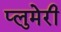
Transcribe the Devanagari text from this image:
प्लुमेरी